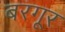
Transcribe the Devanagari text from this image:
बरगूर